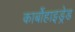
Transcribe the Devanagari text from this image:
कार्बोहाइड्रेड